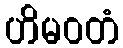
ဟိမဝတံ